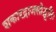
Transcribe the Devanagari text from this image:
शकारद्राजसोद्भूतिः